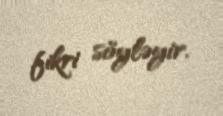
fikri söyləyir.